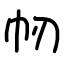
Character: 㠴